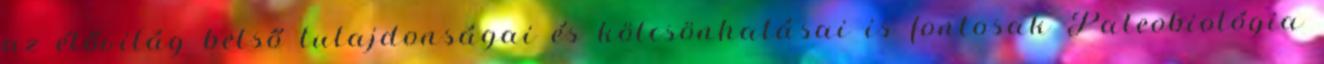
az élővilág belső tulajdonságai és kölcsönhatásai is fontosak Paleobiológia